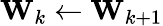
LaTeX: \mathbf{W}_{k}\gets\mathbf{W}_{k+1}